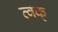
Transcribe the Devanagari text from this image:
त्वक्‌